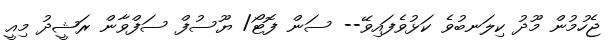
ޖެހުމުން މޫދު ކިލަނބުވެ ކަޅުވެފައިވޭ-- ސަން ފޮޓޯ/ ޔޫސުފް ސަފްވާން ރަޝީދު މިއީ